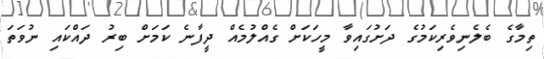
ތިމާގެ ބެލެނިވެރިކަމުގެ ދަށުގައިވާ މީހަކަށް ގެއްލުމެއް ދީފާނެ ކަމަށް ބިރު ދައްކައި ނުވަތަ